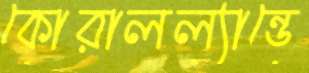
কোরালল্যান্ডে